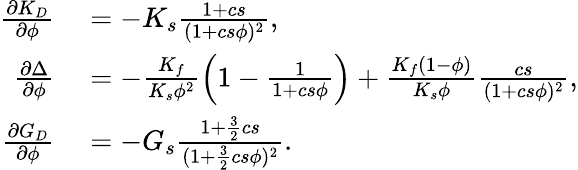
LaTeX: \begin{array}{r}{\begin{array}{rl}{\frac{\partial K_{D}}{\partial\phi}}&{{}=-K_{s}\frac{1+cs}{(1+cs\phi)^{2}},}\\ {\frac{\partial\Delta}{\partial\phi}}&{{}=-\frac{K_{f}}{K_{s}\phi^{2}}\left(1-\frac{1}{1+cs\phi}\right)+\frac{K_{f}(1-\phi)}{K_{s}\phi}\frac{cs}{(1+cs\phi)^{2}},}\\ {\frac{\partial G_{D}}{\partial\phi}}&{{}=-G_{s}\frac{1+\frac{3}{2}cs}{(1+\frac{3}{2}cs\phi)^{2}}.}\end{array}}\end{array}